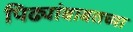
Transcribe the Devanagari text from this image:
पिढ्यांबाबतच्या